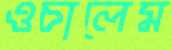
ওচালেম